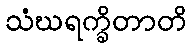
သံဃရက္ခိတာတိ